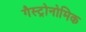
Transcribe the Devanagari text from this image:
गैस्ट्रोनोमिक